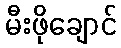
မီးဖိုချောင်